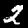
Label: 2